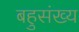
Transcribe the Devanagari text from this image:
बहुसंख्‍य